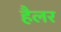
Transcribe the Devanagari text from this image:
हैलर